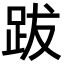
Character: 跋